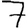
Digit: 7